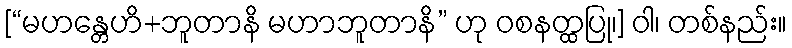
[“မဟန္တေဟိ+ဘူတာနိ မဟာဘူတာနိ” ဟု ဝစနတ္ထပြု၊] ဝါ၊ တစ်နည်း။